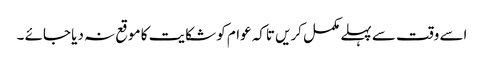
اسے وقت سے پہلے مکمل کریں تاکہ عوام کو شکایت کا موقع نہ دیا جائے ۔